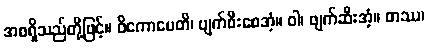
အစရှိသည်တို့ဖြင့်။ ဝိကောပေတိ၊ ပျက်စီးစေအံ့။ ဝါ၊ ဖျက်ဆီးအံ့။ တဿ၊